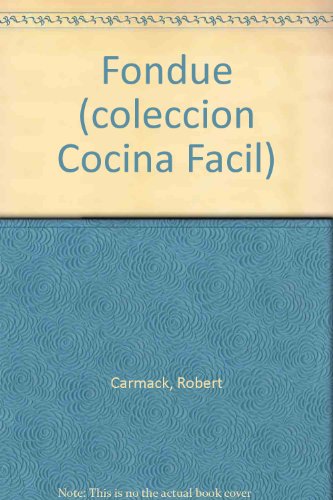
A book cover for Fondue (coleccion Cocina Facil) (Spanish Edition); Robert Carmack; Cookbooks, Food & Wine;